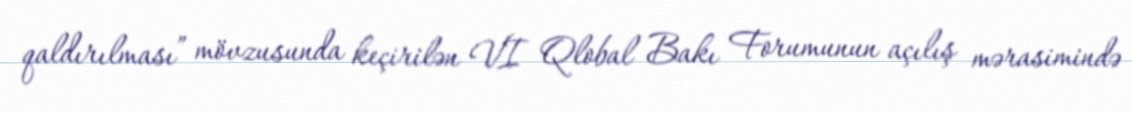
qaldırılması” mövzusunda keçirilən VI Qlobal Bakı Forumunun açılış mərasimində